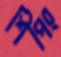
শিপিং